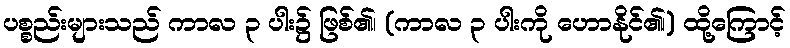
ပစ္စည်းများသည် ကာလ ၃ ပါး၌ ဖြစ်၏၊ (ကာလ ၃ ပါးကို ဟောနိုင်၏၊) ထို့ကြောင့်